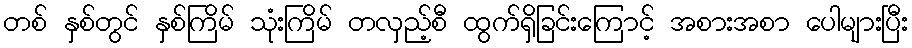
တစ် နှစ်တွင် နှစ်ကြိမ် သုံးကြိမ် တလှည့်စီ ထွက်ရှိခြင်းကြောင့် အစားအစာ ပေါများပြီး